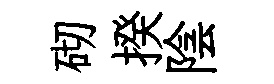
砌揆陰